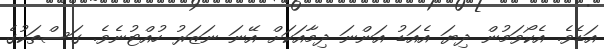
އަޑެވެ. އެކޯވަމުން ދިޔަ އެއަޑު އަންނަ ދިމާއަކަށް އޭނަ ނަޒަރު ހުއްޓުނެވެ. ގަސްތަކުގެ